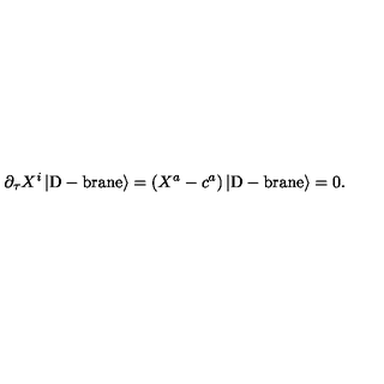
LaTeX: \partial _ { \tau } X ^ { i } \left| \mathrm { D - b r a n e } \right> = \left( X ^ { a } - c ^ { a } \right) \left| \mathrm { D - b r a n e } \right> = 0 .